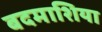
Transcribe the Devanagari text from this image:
बदमाशिया